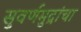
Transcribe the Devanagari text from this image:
सुवर्णमुद्रांचा